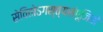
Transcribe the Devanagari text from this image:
सेवितोऽगस्त्यसंपूजितो